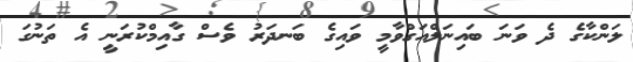
ލަންކާގެ ދެ ވަނަ ބައިނަލްއަގްވާމީ ވައިގެ ބަނދަރު ވެސް ގާއިމްކުރަނީ އެ ތަނުގަ